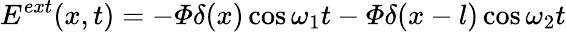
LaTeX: E^{ext}(x,t)=-\varPhi\delta(x)\cos\omega_{1}t-\varPhi\delta(x-l)\cos\omega_{2}t